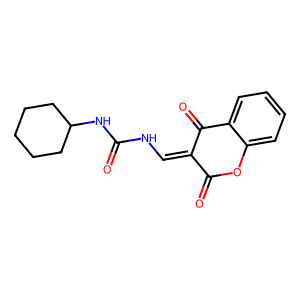
SMILES: O=C(NC=C1C(=O)Oc2ccccc2C1=O)NC1CCCCC1
Inhibits HIV replication: No